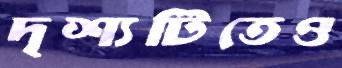
দৃশ্যটিতেও